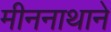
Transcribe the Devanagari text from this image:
मीननाथाने